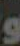
و